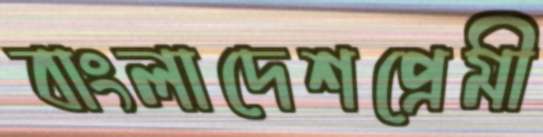
বাংলাদেশপ্রেমী